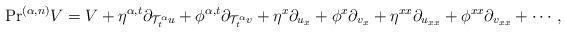
LaTeX: \begin{align*}\mathrm{Pr}^{(\alpha,n)}V=V+\eta^{\alpha,t}\partial_{\mathcal{T}_t^\alpha u}+\phi^{\alpha,t}\partial_{\mathcal{T}_t^\alpha v}+\eta^x\partial_{u_x}+\phi^x\partial_{v_x}+\eta^{xx}\partial_{u_{xx}}+\phi^{xx}\partial_{v_{xx}}+\cdots,\end{align*}